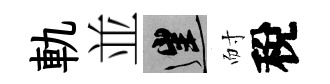
軌並往耐稅